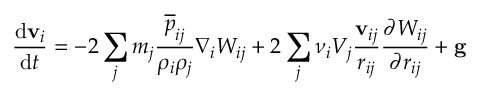
\frac { \mathrm { d } \mathbf { v } _ { i } } { \mathrm { d } t } = - 2 \sum _ { j } m _ { j } \frac { \overline { { { p } } } _ { i j } } { \rho _ { i } \rho _ { j } } \nabla _ { i } W _ { i j } + 2 \sum _ { j } \nu _ { i } V _ { j } \frac { \mathbf { v } _ { i j } } { r _ { i j } } \frac { \partial W _ { i j } } { \partial r _ { i j } } + \mathbf { g }